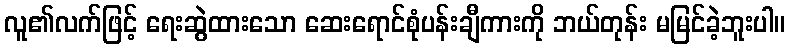
လူ၏လက်ဖြင့် ရေးဆွဲထားသော ဆေးရောင်စုံပန်းချီကားကို ဘယ်တုန်း မမြင်ခဲ့ဘူးပါ။